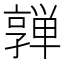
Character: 亸